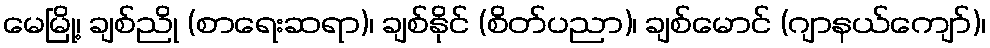
မေမြို့၊ ချစ်ညို (စာရေးဆရာ)၊ ချစ်နိုင် (စိတ်ပညာ)၊ ချစ်မောင် (ဂျာနယ်ကျော်)၊